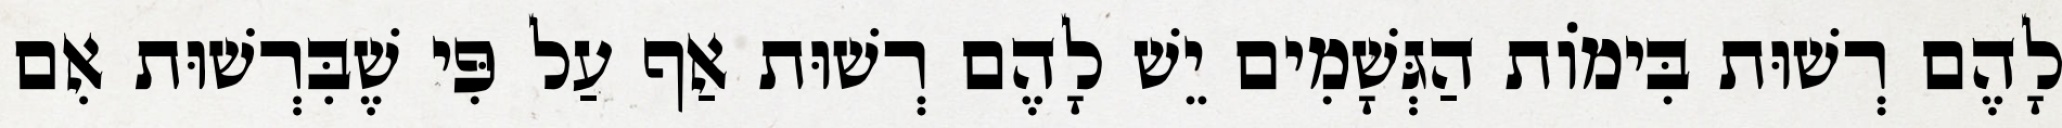
לָהֶם רְשׁוּת בִּימוֹת הַגְּשָׁמִים יֵשׁ לָהֶם רְשׁוּת אַף עַל פִּי שֶׁבִּרְשׁוּת אִם